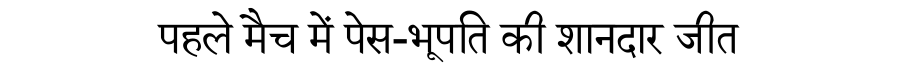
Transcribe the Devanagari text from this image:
पहले मैच में पेस-भूपति की शानदार जीत